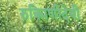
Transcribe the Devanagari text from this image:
रुक्मिणीदेवी